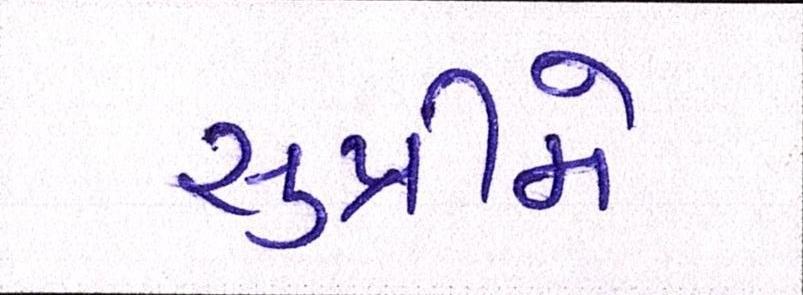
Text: સુપ્રીમે